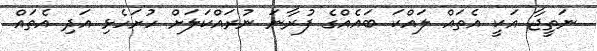
ނަތީޖާ އަކީ އެތައް ލައްކަ ބައެއްގެ ފުރާނަ ނުރައްކަލަށް ހުށަހެޅި އަދި އެތައް